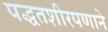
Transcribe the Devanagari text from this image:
पद्धतशीरपणाने